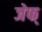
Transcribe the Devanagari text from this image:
जेफ्